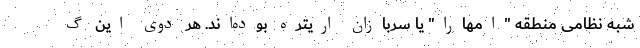
شبه نظامی منطقه "امهارا" یا سربازان اریتره بوده‌اند. هر دوی این گ